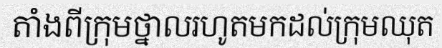
តាំងពីក្រុមថ្នាលរហូតមកដល់ក្រុមឈុត